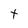
Character: t